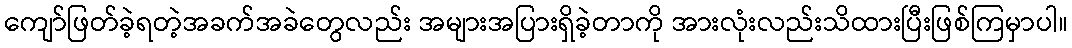
ကျော်ဖြတ်ခဲ့ရတဲ့အခက်အခဲတွေလည်း အများအပြားရှိခဲ့တာကို အားလုံးလည်းသိထားပြီးဖြစ်ကြမှာပါ။